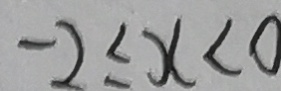
- 2 \leq x < 0